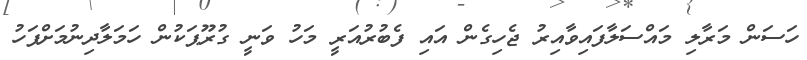
ހަސަން މަރާލި މައްސަލާފައިވާއިރު ޖެހިގެން އައި ފެބުރުއަރީ މަހު ވަނީ ގުރޫޕަކުން ހަމަލާދިނުމަށްފަހު